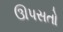
ઊપસતો